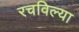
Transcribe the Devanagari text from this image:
रचविल्या